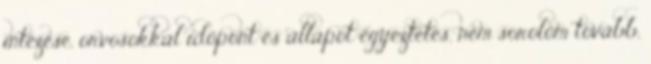
intézése, orvosokkal időpont és állapot egyeztetés, nem sorolom tovább,